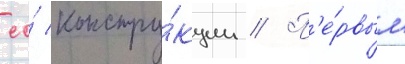
ео́ констру́кции // П'е́рвым